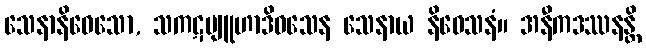
သေနာနိဝေသော, သကဋဗျူဟာဒိဝသေန သေနာယ နိဝေသနံ။ အနီကဒဿနန္တိ